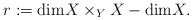
\begin{align*}r: = \mathrm{dim} X \times_YX - \mathrm{dim}X.\end{align*}